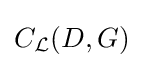
C_{\mathcal {L}}(D,G)